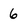
Character: 6